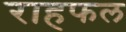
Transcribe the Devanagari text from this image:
राहफल